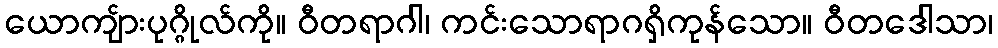
ယောကျ်ားပုဂ္ဂိုလ်ကို။ ဝီတရာဂါ၊ ကင်းသောရာဂရှိကုန်သော။ ဝီတဒေါသာ၊